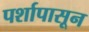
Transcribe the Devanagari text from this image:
पर्शापासून